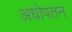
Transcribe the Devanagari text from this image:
अधोपतन